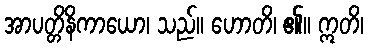
အာပတ္တိနိကာယော၊ သည်။ ဟောတိ၊ ၏။ ဣတိ၊